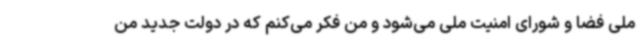
ملی فضا و شورای امنیت ملی می‌شود و من فکر می‌کنم که در دولت جدید من